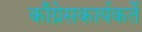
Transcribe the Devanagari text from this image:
काँग्रेसकार्यकर्ते